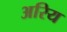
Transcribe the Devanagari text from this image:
अरिय